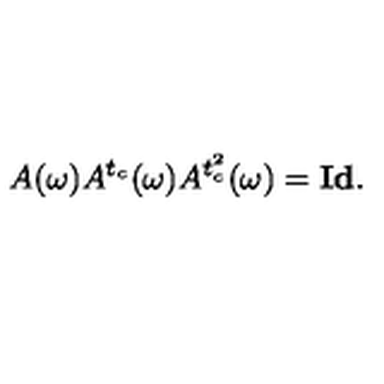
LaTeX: A ( \omega ) A ^ { t _ { c } } ( \omega ) A ^ { t _ { c } ^ { 2 } } ( \omega ) = { \bf I d } .